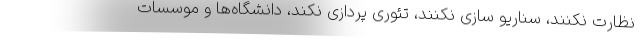
نظارت نکنند، سناریو سازی نکنند، تئوری پردازی نکند، دانشگاه‌ها و موسسات